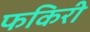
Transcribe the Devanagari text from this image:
फकिरी